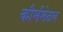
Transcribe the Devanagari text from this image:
कौर्ममेटल